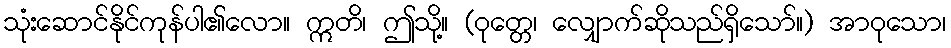
သုံးဆောင်နိုင်ကုန်ပါ၏လော။ ဣတိ၊ ဤသို့။ (ဝုတ္တေ၊ လျှောက်ဆိုသည်ရှိသော်။) အာဝုသော၊